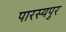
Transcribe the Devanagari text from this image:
पारस्यपुर